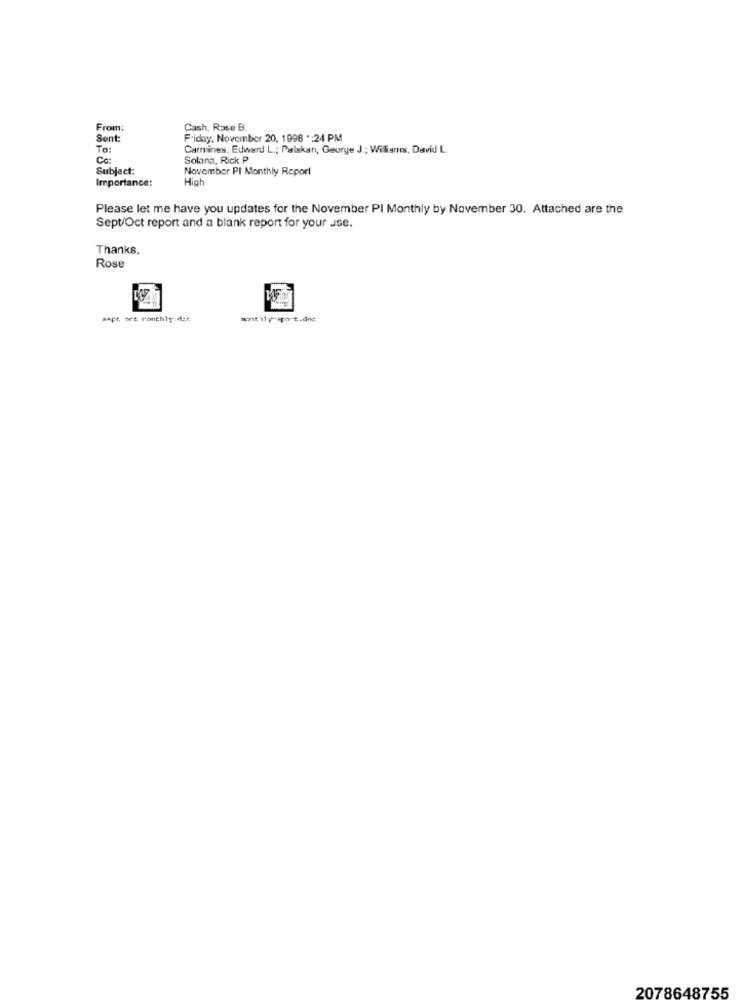
From:
Cash, Rose B.
Sent:
Friday, November 20, 1998 *: 24 PM
To:
Carmines. Edward L .; Palskarı, George J .; Wiliamres, David L.
Cc:
Solana, Rick P
Subject:
November PI Monthly Report
Importance:
High
Please let me have you updates for the November PI Monthly by November 30. Attached are the
Sept/Oct report and a blank report for your use.
Thanks,
Rose
sept. oet ronthiy.dac
monthlypot.doc.
2078648755